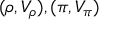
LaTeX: ( \rho , V _ { \rho } ) , ( \pi , V _ { \pi } )